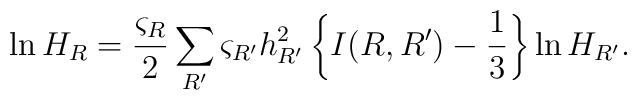
\ln H_R=\frac{\varsigma_R}{2}\sum_{R'}\varsigma_{R'}h_{R'}^2    \left\{      I(R,R')-\frac{1}{3}    \right\}\ln H_{R'}.